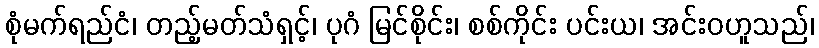
စုံမက်ရည်ငံ၊ တည့်မတ်သံရှင့်၊ ပုဂံ မြင်စိုင်း၊ စစ်ကိုင်း ပင်းယ၊ အင်းဝဟူသည်၊